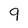
Character: q